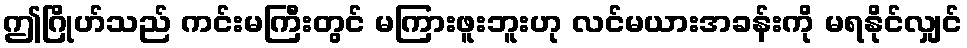
ဤဂြိုဟ်သည် ကင်းမကြီးတွင် မကြားဖူးဘူးဟု လင်မယားအခန်းကို မရနိုင်လျှင်